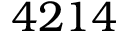
4 2 1 4